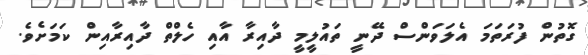
ގޮތުން ފުރަތަމަ އެލަވަންސް ދޭނީ ތައުލީމީ ދާއިރާ އާއި ހެލްތް ދާއިރާއިން ކަމަށެވެ.